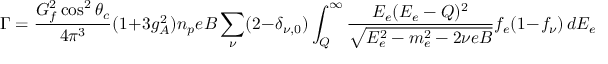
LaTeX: \Gamma = \frac { G _ { f } ^ { 2 } \cos ^ { 2 } \theta _ { c } } { 4 \pi ^ { 3 } } ( 1 + 3 g _ { A } ^ { 2 } ) n _ { p } e B \sum _ { \nu } ( 2 - \delta _ { \nu , 0 } ) \int _ { Q } ^ { \infty } \frac { E _ { e } ( E _ { e } - Q ) ^ { 2 } } { \sqrt { E _ { e } ^ { 2 } - m _ { e } ^ { 2 } - 2 \nu e B } } f _ { e } ( 1 - f _ { \nu } ) \, d E _ { e }